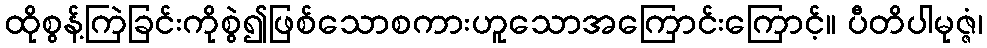
ထိုစွန့်ကြဲခြင်းကိုစွဲ၍ဖြစ်သောစကားဟူသောအကြောင်းကြောင့်။ ပီတိပါမုဇ္ဇံ၊